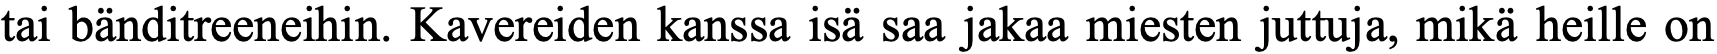
tai bänditreeneihin. Kavereiden kanssa isä saa jakaa miesten juttuja, mikä heille on